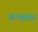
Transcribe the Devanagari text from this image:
तन्खास